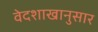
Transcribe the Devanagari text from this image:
वेदशाखानुसार